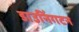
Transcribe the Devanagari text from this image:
डाउनिंगटन